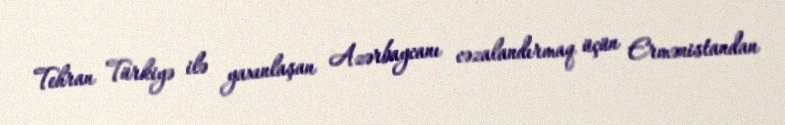
Tehran Türkiyə ilə yaxınlaşan Azərbaycanı cəzalandırmaq üçün Ermənistandan